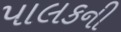
પાલકની